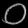
Digit: ၀